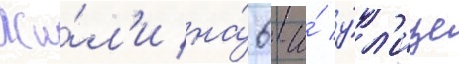
Жи́л'и на́ 6-и́ у́л'ице